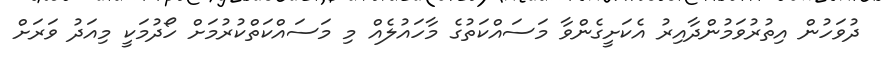
ދުވަހުން އިތުރުވަމުންދާއިރު އެކަށީގެންވާ މަސައްކަތުގެ މާހައުލެއް މި މަސައްކަތްކުރުމަށް ހޯދުމަކީ މިއަދު ވަރަށް